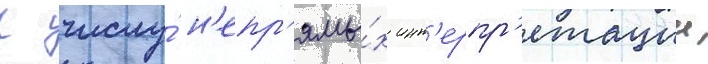
К числу́ н'епр'ямы́х инт'ерпр'етации